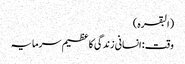
(البقرہ)
وقت : انسانی زندگی کا عظیم سرمایہ